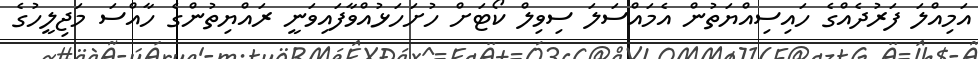
އަމިއްލަ ފަރުދެއްގެ ހައިސިއްޔަތުން އެމައްސަލަ ސިވިލް ކޯޓަށް ހުށަހަޅުއްވާފައިވަނީ ރައްޔިތުންގެ ހާއްސަ މަޖިލީހުގެ